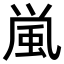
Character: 𩖟